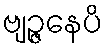
ဗျဉ္ဇနေပိ